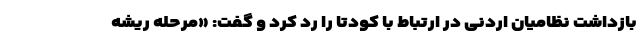
بازداشت نظامیان اردنی در ارتباط با کودتا را رد کرد و گفت: «مرحله ریشه